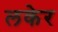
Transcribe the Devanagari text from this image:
लकेर